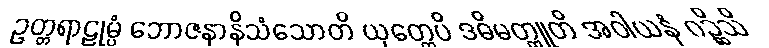
ဥတ္တရာဠုမ္ပံ ဘောဇနာနိသံသောတိ ယုတ္တေပိ ဒဓိမတ္ထူတိ အဝါယနံ ဂဉ္ဆိသိ